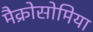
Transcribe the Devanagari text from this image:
मैक्रोसोमिया